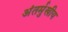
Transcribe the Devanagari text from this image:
अंतर्मुखीय